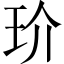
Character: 玠